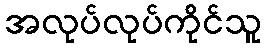
အလုပ်လုပ်ကိုင်သူ